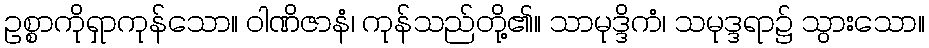
ဥစ္စာကိုရှာကုန်သော။ ဝါဏိဇာနံ၊ ကုန်သည်တို့၏။ သာမုဒ္ဒိကံ၊ သမုဒ္ဒရာ၌ သွားသော။